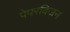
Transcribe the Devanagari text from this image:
पेपरविजन